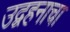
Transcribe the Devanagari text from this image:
उद्वहनाचा